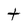
Character: t